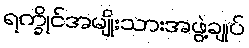
ရက္ခိုင်အမျိုးသားအဖွဲ့ချုပ်